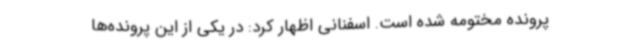
پرونده مختومه شده است. اسفنانی اظهار کرد: در یکی از این پرونده‌ها